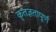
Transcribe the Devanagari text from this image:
कृतज्ञतापूर्ण